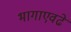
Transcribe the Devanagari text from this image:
भागाएवढे